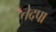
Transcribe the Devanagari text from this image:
तेदपा